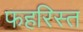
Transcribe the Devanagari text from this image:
फहरिस्त